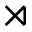
\rtimes